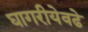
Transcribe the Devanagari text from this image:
घागरीयेवढे